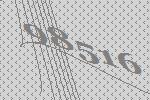
98516